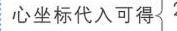
心坐标代入可得\(_{?}\)